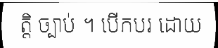
ត្តិ ច្បាប់ ។ បើកបរ ដោយ